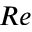
R e